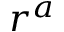
r ^ { a }